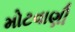
મોટવાણી